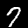
Label: 7